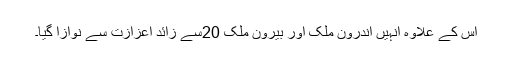
اس کے علاوہ انہیں اندرون ملک اور بیرون ملک 20سے زائد اعزازت سے نوازا گیا۔